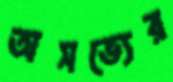
অসভ্যের